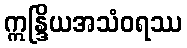
ဣန္ဒြိယအသံဝရဿ